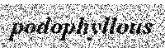
podophyllous